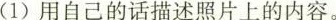
(1)用自己的话描述照片上的内容。